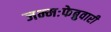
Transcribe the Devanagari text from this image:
जन्मःफेब्रुवारी